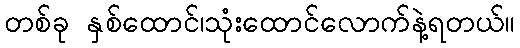
တစ်ခု နှစ်ထောင်၊သုံးထောင်လောက်နဲ့ရတယ်။